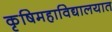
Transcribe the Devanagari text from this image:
कृषिमहाविद्यालयात